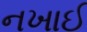
નખાઈ